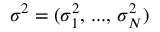
\boldsymbol { \sigma ^ { 2 } } = ( \sigma _ { 1 } ^ { 2 } , \, . . . , \, \sigma _ { N } ^ { 2 } )